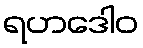
ရဟဒေါဝ